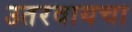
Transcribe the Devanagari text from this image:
उतरवायचा